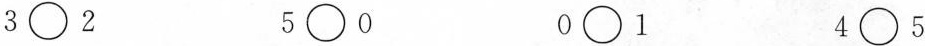
3 \bigcirc 2 5 \bigcirc 0 0 \bigcirc 1 4 \bigcirc 5